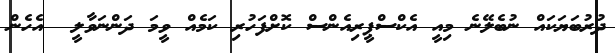
ދުރުބަަޔަކައް ނުބެލޭނެ މިއީ އެކްސްޕީރިއެންސް ކޮށްފަހުރި ކަމެއް ވީމަ ދަންނަވާލީ  އެހެން